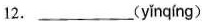
12.___( yǐnqíng )